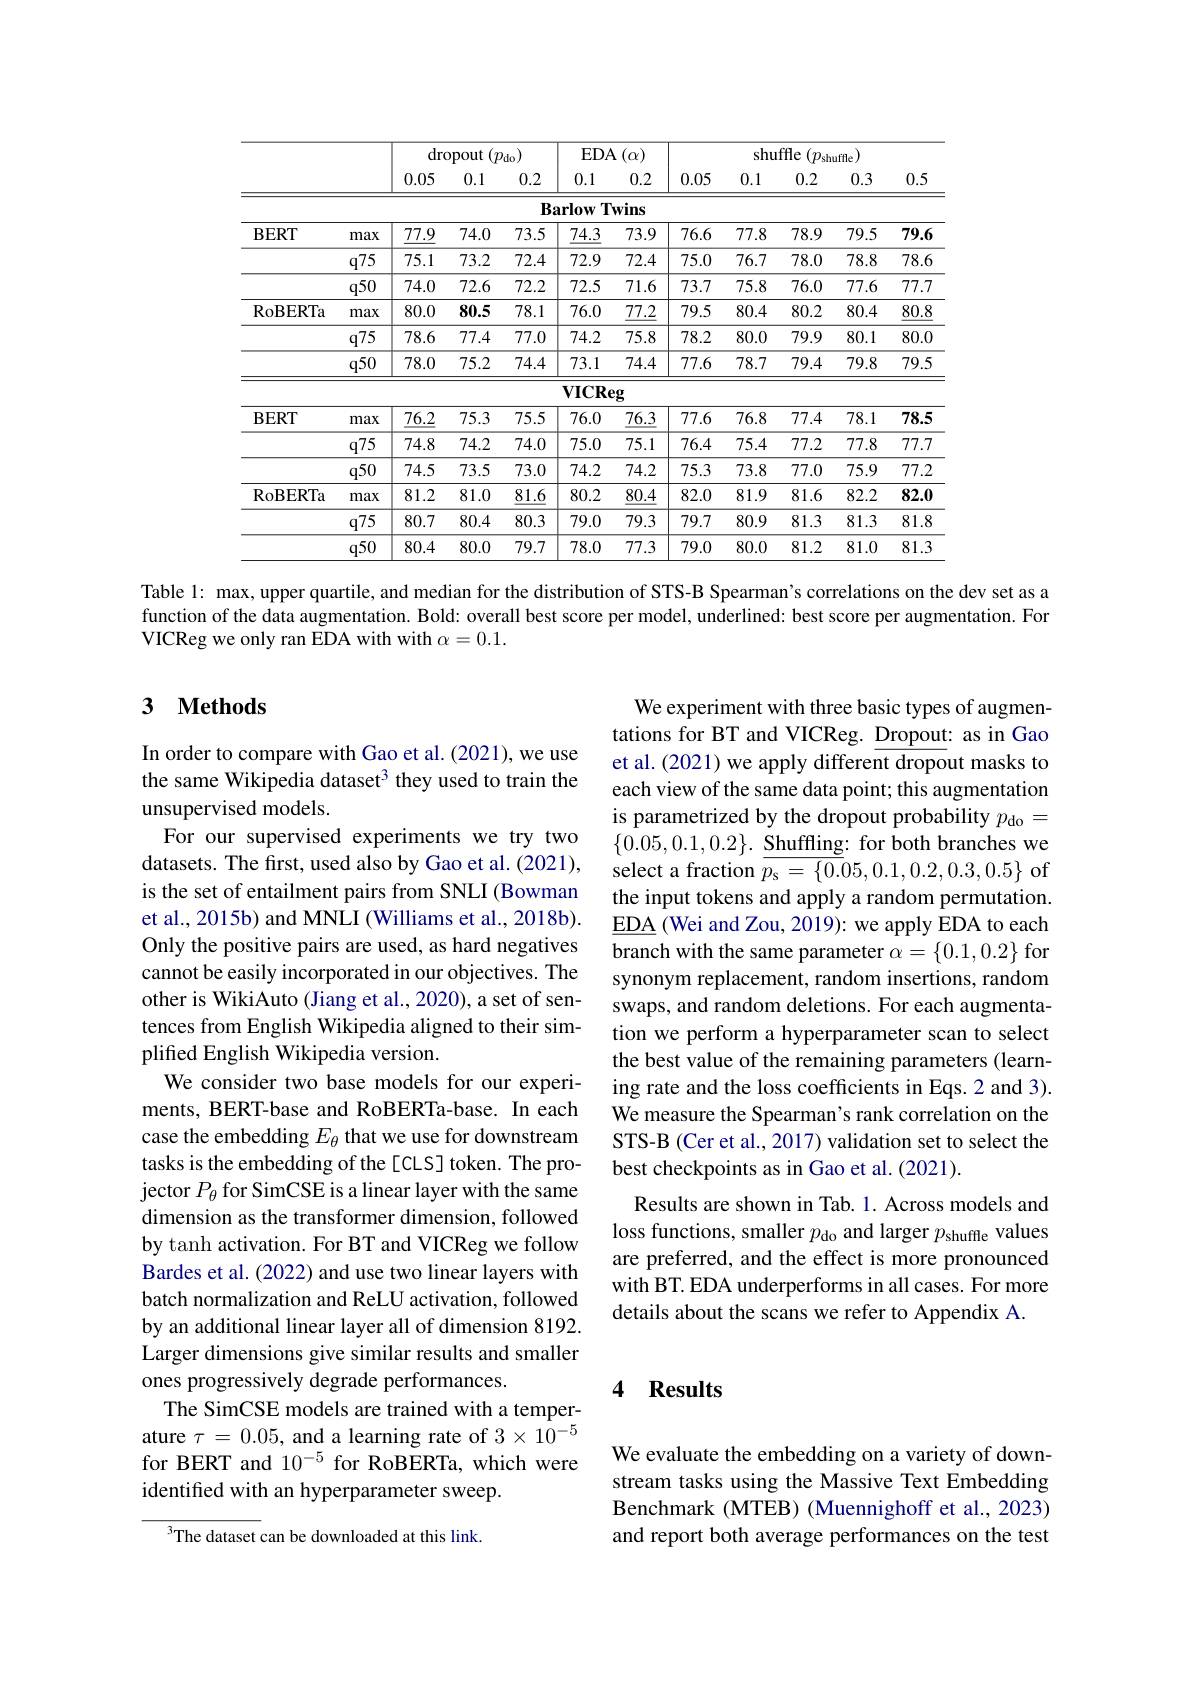
<table>
	<tbody>
		<tr>
			<th> </th>
			<th> </th>
			<th colspan="3">dropout $(p_{\mathrm{do}})$</th>
			<th>$EDA$</th>
			<th>$\Lambda\left(\alpha\right)$</th>
			<th colspan="5">shuffle $(p_{\mathrm{shuffle}})$</th>
		</tr>
		<tr>
			<th> </th>
			<th> </th>
			<th>0.05</th>
			<th>0.1</th>
			<th>0.2</th>
			<th>0.1</th>
			<th>0.2</th>
			<th>0.05</th>
			<th>0.1</th>
			<th>0.2</th>
			<th>0.3</th>
			<th>0.5</th>
		</tr>
		<tr>
			<td> </td>
			<td> </td>
			<td> </td>
			<td> </td>
			<td>$B_{i}$</td>
			<td>$T$ arlow</td>
			<td>wins</td>
			<td> </td>
			<td> </td>
			<td> </td>
			<td> </td>
			<td> </td>
		</tr>
		<tr>
			<td rowspan="3">$BERT$</td>
			<td>max</td>
			<td>$\underline{77.9}$</td>
			<td>74.0</td>
			<td>73.5</td>
			<td>$\underline{74.3}$</td>
			<td>73.9</td>
			<td>76.6</td>
			<td>77.8</td>
			<td>78.9</td>
			<td>79.5</td>
			<td>79.6</td>
		</tr>
		<tr>
			<td>$q75$</td>
			<td>75.1</td>
			<td>73.2</td>
			<td>72.4</td>
			<td>72.9</td>
			<td>72.4</td>
			<td>75.0</td>
			<td>76.7</td>
			<td>78.0</td>
			<td>78.8</td>
			<td>78.6</td>
		</tr>
		<tr>
			<td>$q50$</td>
			<td>74.0</td>
			<td>72.6</td>
			<td>72.2</td>
			<td>72.5</td>
			<td>71.6</td>
			<td>73.7</td>
			<td>75.8</td>
			<td>76.0</td>
			<td>77.6</td>
			<td>77.7</td>
		</tr>
		<tr>
			<td rowspan="4">RoBERTa</td>
			<td>max</td>
			<td>80.0</td>
			<td>80.5</td>
			<td>78.1</td>
			<td>76.0</td>
			<td>$\underline{77.2}$</td>
			<td>79.5</td>
			<td>80.4</td>
			<td>80.2</td>
			<td>80.4</td>
			<td>$\underline{80.8}$</td>
		</tr>
		<tr>
			<td>$q75$</td>
			<td>78.6</td>
			<td>77.4</td>
			<td>77.0</td>
			<td>74.2</td>
			<td>75.8</td>
			<td>78.2</td>
			<td>80.0</td>
			<td>79.9</td>
			<td>80.1</td>
			<td>80.0</td>
		</tr>
		<tr>
			<td>$q50$</td>
			<td>78.0</td>
			<td>75.2</td>
			<td>74.4</td>
			<td>73.1</td>
			<td>74.4</td>
			<td>77.6</td>
			<td>78.7</td>
			<td>79.4</td>
			<td>79.8</td>
			<td>79.5</td>
		</tr>
		<tr>
			<td> </td>
			<td> </td>
			<td> </td>
			<td> </td>
			<td>$VICR\epsilon$</td>
			<td>$3g$</td>
			<td> </td>
			<td> </td>
			<td> </td>
			<td> </td>
			<td> </td>
		</tr>
		<tr>
			<td rowspan="3">$\mathbf{BERT}$</td>
			<td>max</td>
			<td>76.2</td>
			<td>75.3</td>
			<td>75.5</td>
			<td>76.0</td>
			<td>$\underline{76.3}$</td>
			<td>77.6</td>
			<td>76.8</td>
			<td>77.4</td>
			<td>78.1</td>
			<td>78.5</td>
		</tr>
		<tr>
			<td>$q75$</td>
			<td>74.8</td>
			<td>74.2</td>
			<td>74.0</td>
			<td>75.0</td>
			<td>75.1</td>
			<td>76.4</td>
			<td>75.4</td>
			<td>77.2</td>
			<td>77.8</td>
			<td>77.7</td>
		</tr>
		<tr>
			<td>$q50$</td>
			<td>74.5</td>
			<td>73.5</td>
			<td>73.0</td>
			<td>74.2</td>
			<td>74.2</td>
			<td>75.3</td>
			<td>73.8</td>
			<td>77.0</td>
			<td>75.9</td>
			<td>77.2</td>
		</tr>
		<tr>
			<td rowspan="3">$\operatorname{RoBERTa}$</td>
			<td>max</td>
			<td>81.2</td>
			<td>81.0</td>
			<td>$\underline{81.6}$</td>
			<td>80.2</td>
			<td>$\underline{80.4}$</td>
			<td>82.0</td>
			<td>81.9</td>
			<td>81.6</td>
			<td>82.2</td>
			<td>82.0</td>
		</tr>
		<tr>
			<td>$q75$</td>
			<td>80.7</td>
			<td>80.4</td>
			<td>80.3</td>
			<td>79.0</td>
			<td>79.3</td>
			<td>79.7</td>
			<td>80.9</td>
			<td>81.3</td>
			<td>81.3</td>
			<td>81.8</td>
		</tr>
		<tr>
			<td>$q50$</td>
			<td>80.4</td>
			<td>80.0</td>
			<td>79.7</td>
			<td>78.0</td>
			<td>77.3</td>
			<td>79.0</td>
			<td>80.0</td>
			<td>81.2</td>
			<td>81.0</td>
			<td>81.3 </td>
		</tr>
	</tbody>
</table>
Table l: max, upper quartile, and median for the distribution of STS-B Spearman's correlations on the dev set as a

function of the data augmentation. Bold: overall best score per model, underlined: best score per augmentation. For
VICReg we only ran EDA with with $\alpha=0.1.$

## 3 $\textbf{Methods}$

We experiment with three basic types of augmentations for BT and VICReg. Dropout: as in Gao et al.(2021) we apply different dropout masks to each view of the same data point; this augmentation is parametrized by the dropout probability $p_\mathrm{do}=$ $\{0.05,0.1,0.2\}.\underline{\text{Shuffling: for both branches we}}$ select a fraction $\overline{p_{s}=\{0.0}5,0.1,0.2,0.3,0.5\}$ of the input tokens and apply a random permutation. $\underline{\mathrm{EDA}}$ (Wei and Zou, 2019): we apply EDA to each branch with the same parameter $\alpha=\{0.1,0.2\}$ for synonym replacement, random insertions, random swaps, and random deletions. For each augmentation we perform a hyperparameter scan to select the best value of the remaining parameters (learning rate and the loss coefficients in Eqs.2 and 3). We measure the Spearman's rank correlation on the STS-B (Cer et al., 2017) validation set to select the best checkpoints as in Gao et al. (2021).
Results are shown in Tab. 1. Across models and loss functions, smaller $p_\mathrm{do}$ and larger $p_\mathrm{shuffle}$ values are preferred, and the effect is more pronounced with BT. EDA underperforms in all cases. For more details about the scans we refer to Appendix A.

In order to compare with Gao et al. (2021), we use the same Wikipedia dataset$^{3}$ they used to train the unsupervised models.
For our supervised experiments we try two datasets. The first, used also by Gao et al. (2021), is the set of entailment pairs from SNLI (Bowman et al., 2015b) and MNLI (Williams et al., 2018b). Only the positive pairs are used, as hard negatives cannot be easily incorporated in our objectives. The other is WikiAuto (Jiang et al., 2020), a set of sentences from English Wikipedia aligned to their simplified English Wikipedia version.
We consider two base models for our experiments, BERT-base and RoBERTa-base. In each case the embedding $E_\theta$ that we use for downstream tasks is the embedding of the [CLS] token. The projector $P_{\theta}$ for SimCSE is a linear layer with the same dimension as the transformer dimension, followed by tanh activation. For BT and VICReg we follow Bardes et al. (2022) and use two linear layers with batch normalization and ReLU activation, followed by an additional linear layer all of dimension 8192. Larger dimensions give similar results and smaller ones progressively degrade performances.
The SimCSE models are trained with a temperature $\tau=0.05$, and a learning rate of $3\times10^{-5}$ for BERT and $10^{-5}$ for RoBERTa, which were identified with an hyperparameter sweep.
$^3$The dataset can be downloaded at this link.

### 4 Results

We evaluate the embedding on a variety of downstream tasks using the Massive Text Embedding Benchmark (MTEB) (Muennighoff et al., 2023) and report both average performances on the test